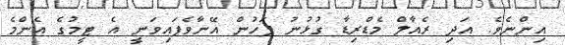
އިންނެވެ. އަދި ރެއާލް މެޑްރިޑާ ގުޅުނު ފަހުން އޭނާވެފައިވަނީ އެ ޓީމުގެ އެންމެ